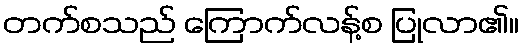
တက်စသည် ကြောက်လန့်စ ပြုလာ၏။